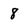
Character: 8